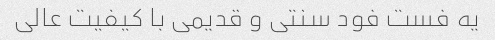
یه فست فود سنتی و قدیمی با کیفیت عالی